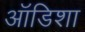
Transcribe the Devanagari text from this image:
ऑडिशा